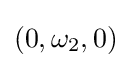
(0,\omega _{2},0)